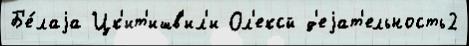
Б'е́лаjа Цк'ит'ишв'ил'и Ол'ексй д'еjат'ельность2